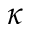
\kappa